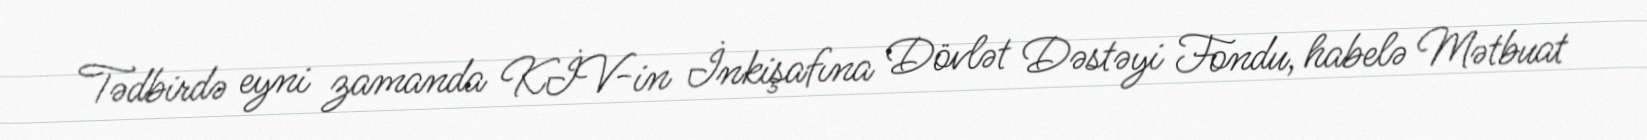
Tədbirdə eyni zamanda KİV-in İnkişafına Dövlət Dəstəyi Fondu, habelə Mətbuat